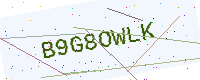
Text: B9G8OWLK